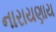
નારાયણાય